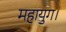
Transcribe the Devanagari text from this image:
महायुग।